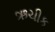
ઋચીક